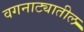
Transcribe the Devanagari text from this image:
वगनाट्यातील